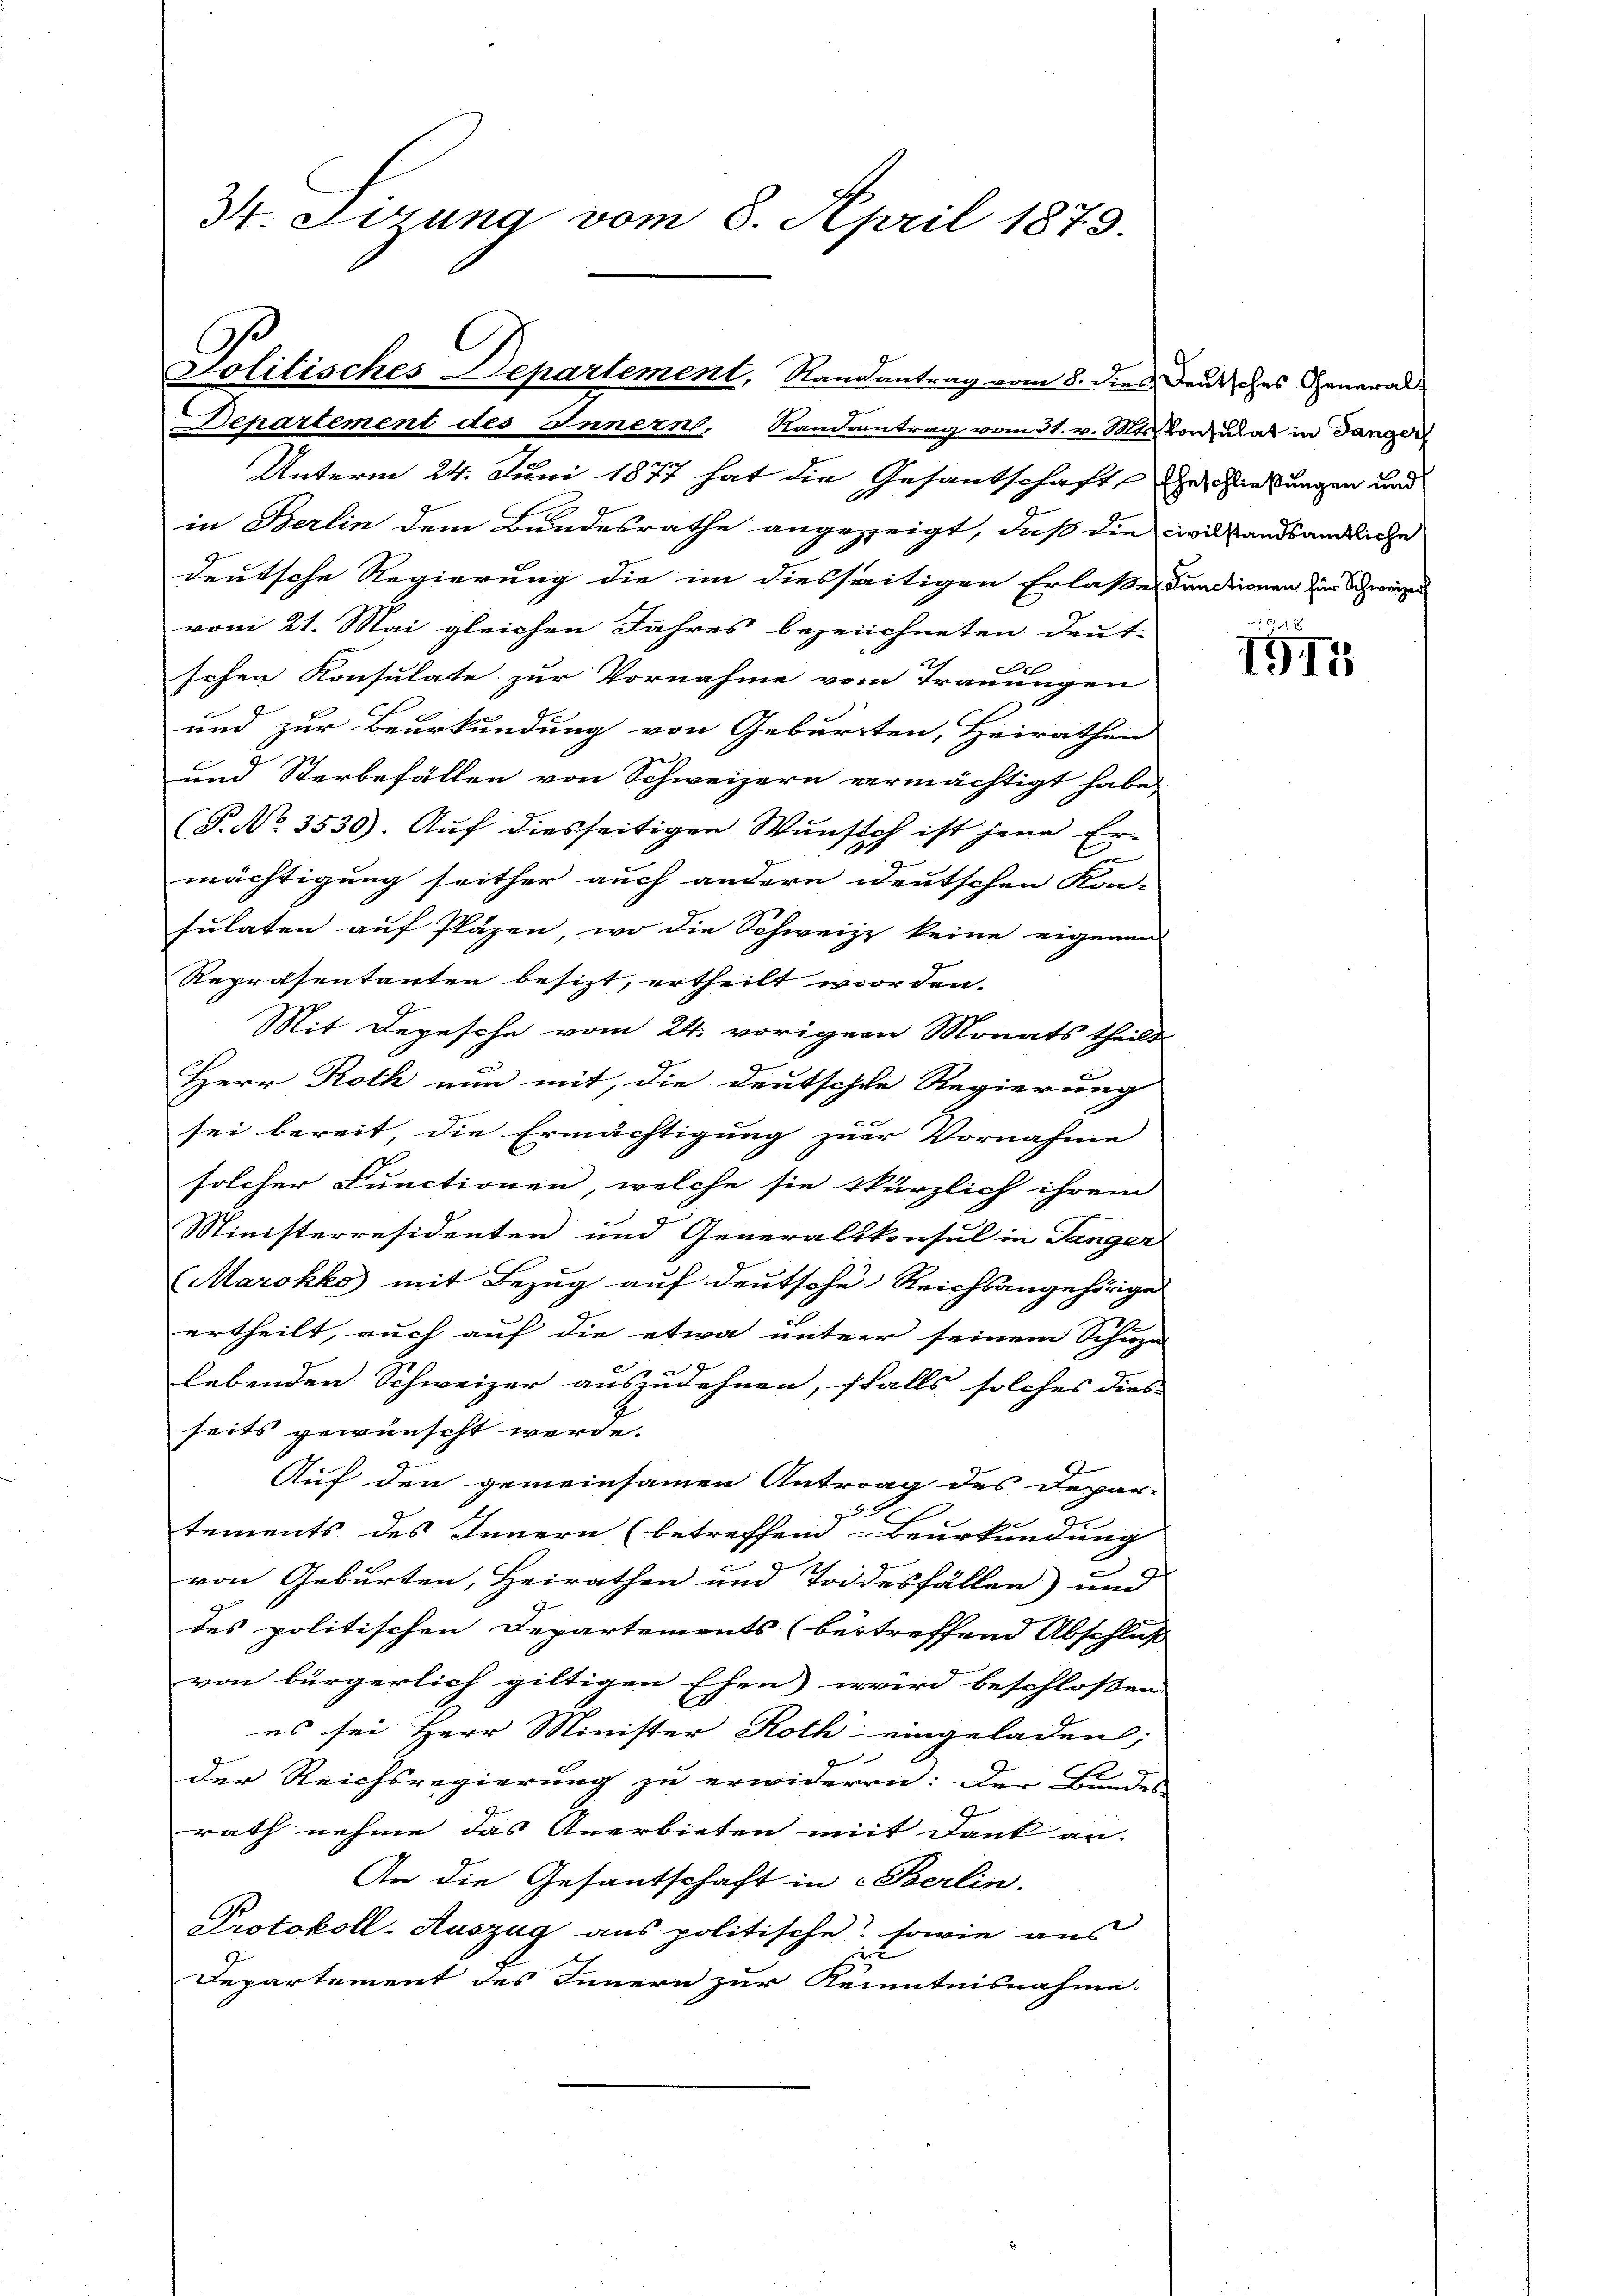
34. Sirung vom 8. April 1873.

Politisches Departement, Randantrag vom 8. dies Deutsches General

Departement des Innern, Randantrag vom 31. v. Mts. vorzulat in danger
Unterm 24. Juni 1877 hat die Gesantschafts zu ziehungen und
in Berlin dem Bundesrathe angezeigt, daß die civilstandsändliche
deutsche Regierung die im diesseitigen Erlaße Fundienen der Schweizen
vom 21. Mai gleichen Jahres bezeichneten Deut-
schen Konsulate zur Vornahme vom Trauungen
und zur Beurkundung von Geburrten, Heirathen
und Sterbefällen von Schweizern vermächtigt habe,
(P.No. 3535). Auf diesseitigen Wunsch ist jene Ermächtigung seither auch andern deutschen Kon-
sulaten auf Pläzen, wo die Schweize keine eigenen
Repräsentanten besizt, ertheilt worden.
Mit Depesche vom 24. vorigen Monats theils
Herr Roth nun mit, die deutsche Regierung
sei bereit, die Ermächtigung zur Vornahme
solcher Functionen, welche sie kürzlich ihrem
Ministerräsidenten und Generalskonsul in Tanger
Marokko mit Bezug auf deutsche Reichsangehörige
22
ertheilt, auch auf die etwa unter seinem Schuze
lebenden Schweizer auszudehnen, ffalls solches dies
seits gewünscht werde.
Auf den gemeinsamen Antrag des Depar-

e
tements des Innern (betreffend Beurkundung
von Geburten, Heirathen und Todesfällen und
des politischen Departements (bertreffend Abschluß
von bürgerlich giltigen Ehen wird beschlossen
es sei Herr Minister Roth eingeladen;
Seren
s
der Reichsregierung zu erwiderrn: Der Bundes
rath nehme das Anerbieten mit Dank an.
An die Gesantschaft in Berlin.
Protokoll-Auszug aus politische sowie aus
3
Departement des Innern zur Kenntnisnahme.

x
1915